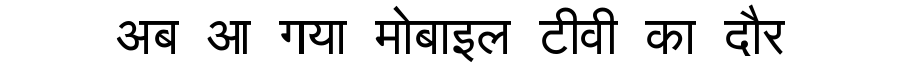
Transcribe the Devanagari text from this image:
अब आ गया मोबाइल टीवी का दौर